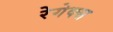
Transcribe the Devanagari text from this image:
रेगेक्स